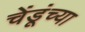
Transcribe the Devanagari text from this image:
चेंडूंच्या